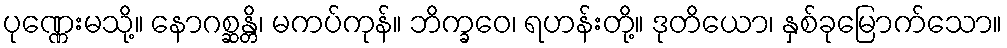
ပုဏ္ဏေးမသို့။ နောဂစ္ဆန္တိ၊ မကပ်ကုန်။ ဘိက္ခဝေ၊ ရဟန်းတို့။ ဒုတိယော၊ နှစ်ခုမြောက်သော။